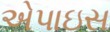
એપાઇસ